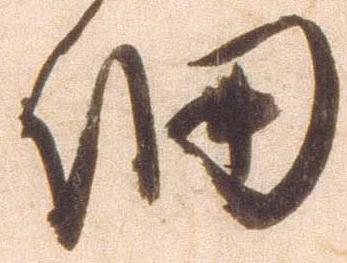
細